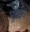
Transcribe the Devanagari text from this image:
मुंबईव